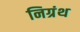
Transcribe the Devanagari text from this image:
निग्रंथ